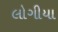
લોગીયા